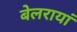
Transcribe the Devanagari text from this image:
बेलरायां